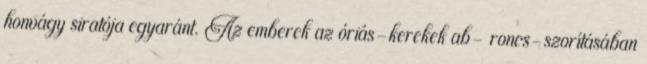
honvágy siratója egyaránt. Az emberek az óriás-kerekek ab- roncs-szorításában